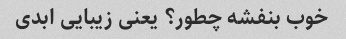
خوب بنفشه چطور؟ یعنی زیبایی ابدی